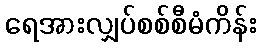
ရေအားလျှပ်စစ်စီမံကိန်း